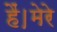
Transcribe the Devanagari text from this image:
हैं।मेरे